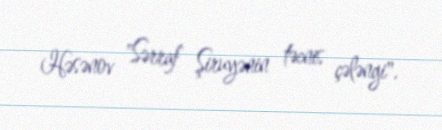
Həsənov "Sərraf Şiruyənin təcnis çələngi".